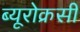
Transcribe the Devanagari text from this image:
ब्यूरोक्रसी